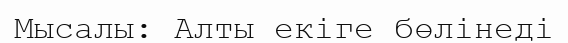
Мысалы: Алты екіге бөлінеді